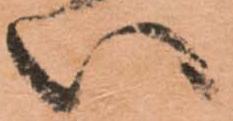
い